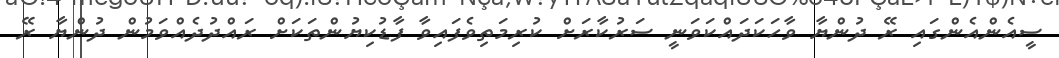
ސީއެންއެންގައި ރޭ ދުންޔާ ވާހަކަދައްކަވަނީ ސަރުކާރަށް ކުރިމަތިވެފައިވާ ފާޑުކިޔުންތަކަށް ރައްދުދެއްވަމުން ދުންޔާ ރޭ